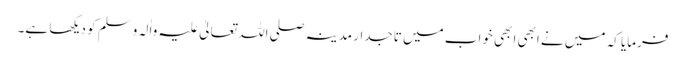
فرمایا کہ میں نے ابھی ابھی خواب میں تاجدار مدینہ صلی اللہ تعالیٰ علیہ واٰلہ وسلم کو دیکھا ہے۔